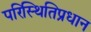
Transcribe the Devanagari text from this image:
परिस्थितिप्रधान